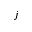
j